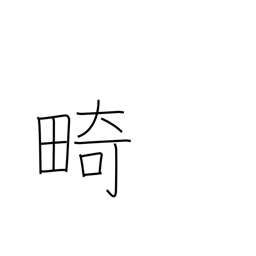
Meaning: cripple